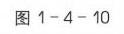
图1 - 4 - 10